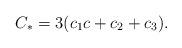
LaTeX: \begin{align*}C_\ast= 3(c_1 c + c_2 + c_3).\end{align*}